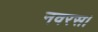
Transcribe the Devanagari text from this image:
नवरस।